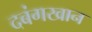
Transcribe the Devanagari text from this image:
दबंगखान